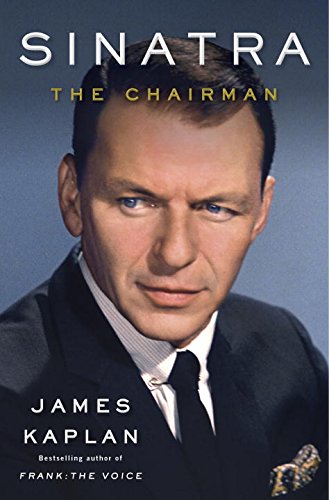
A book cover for Sinatra: The Chairman; James Kaplan; Humor & Entertainment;